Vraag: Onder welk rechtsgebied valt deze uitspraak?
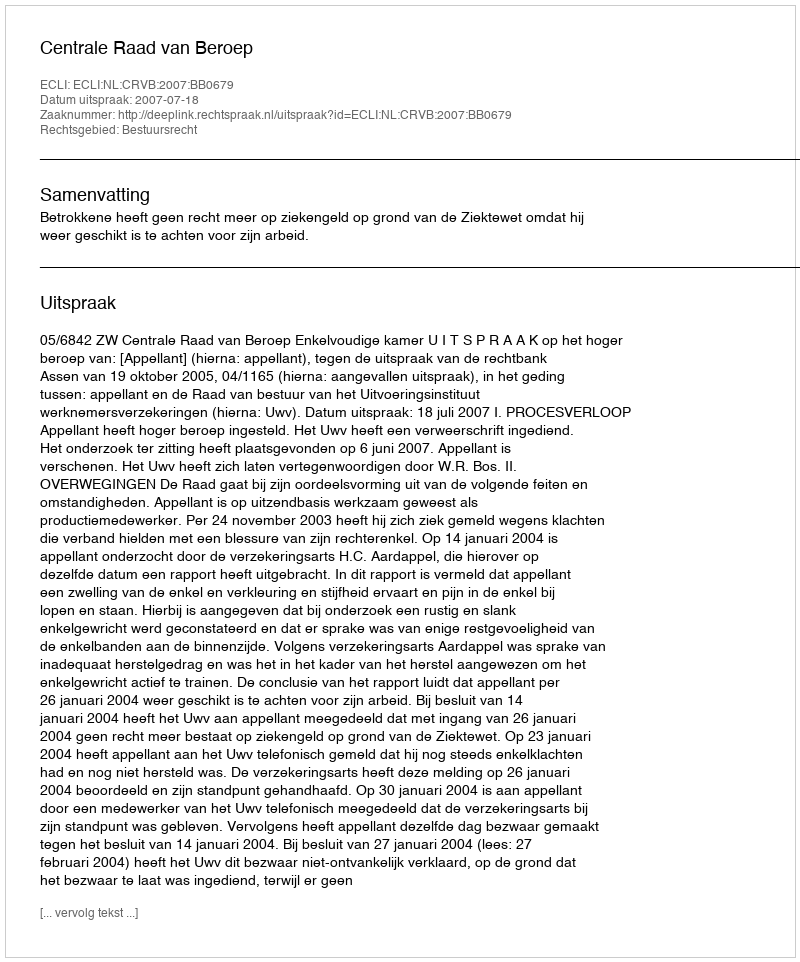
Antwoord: Bestuursrecht